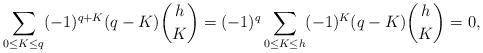
LaTeX: \begin{align*}\sum_{0\le K \le q}(-1)^{q+K}(q-K){h\choose K}=(-1)^q\sum_{0\le K \le h}(-1)^{K}(q-K){h\choose K}=0,\end{align*}